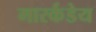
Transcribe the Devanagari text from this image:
मारर्कंडेय